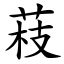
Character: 䓩